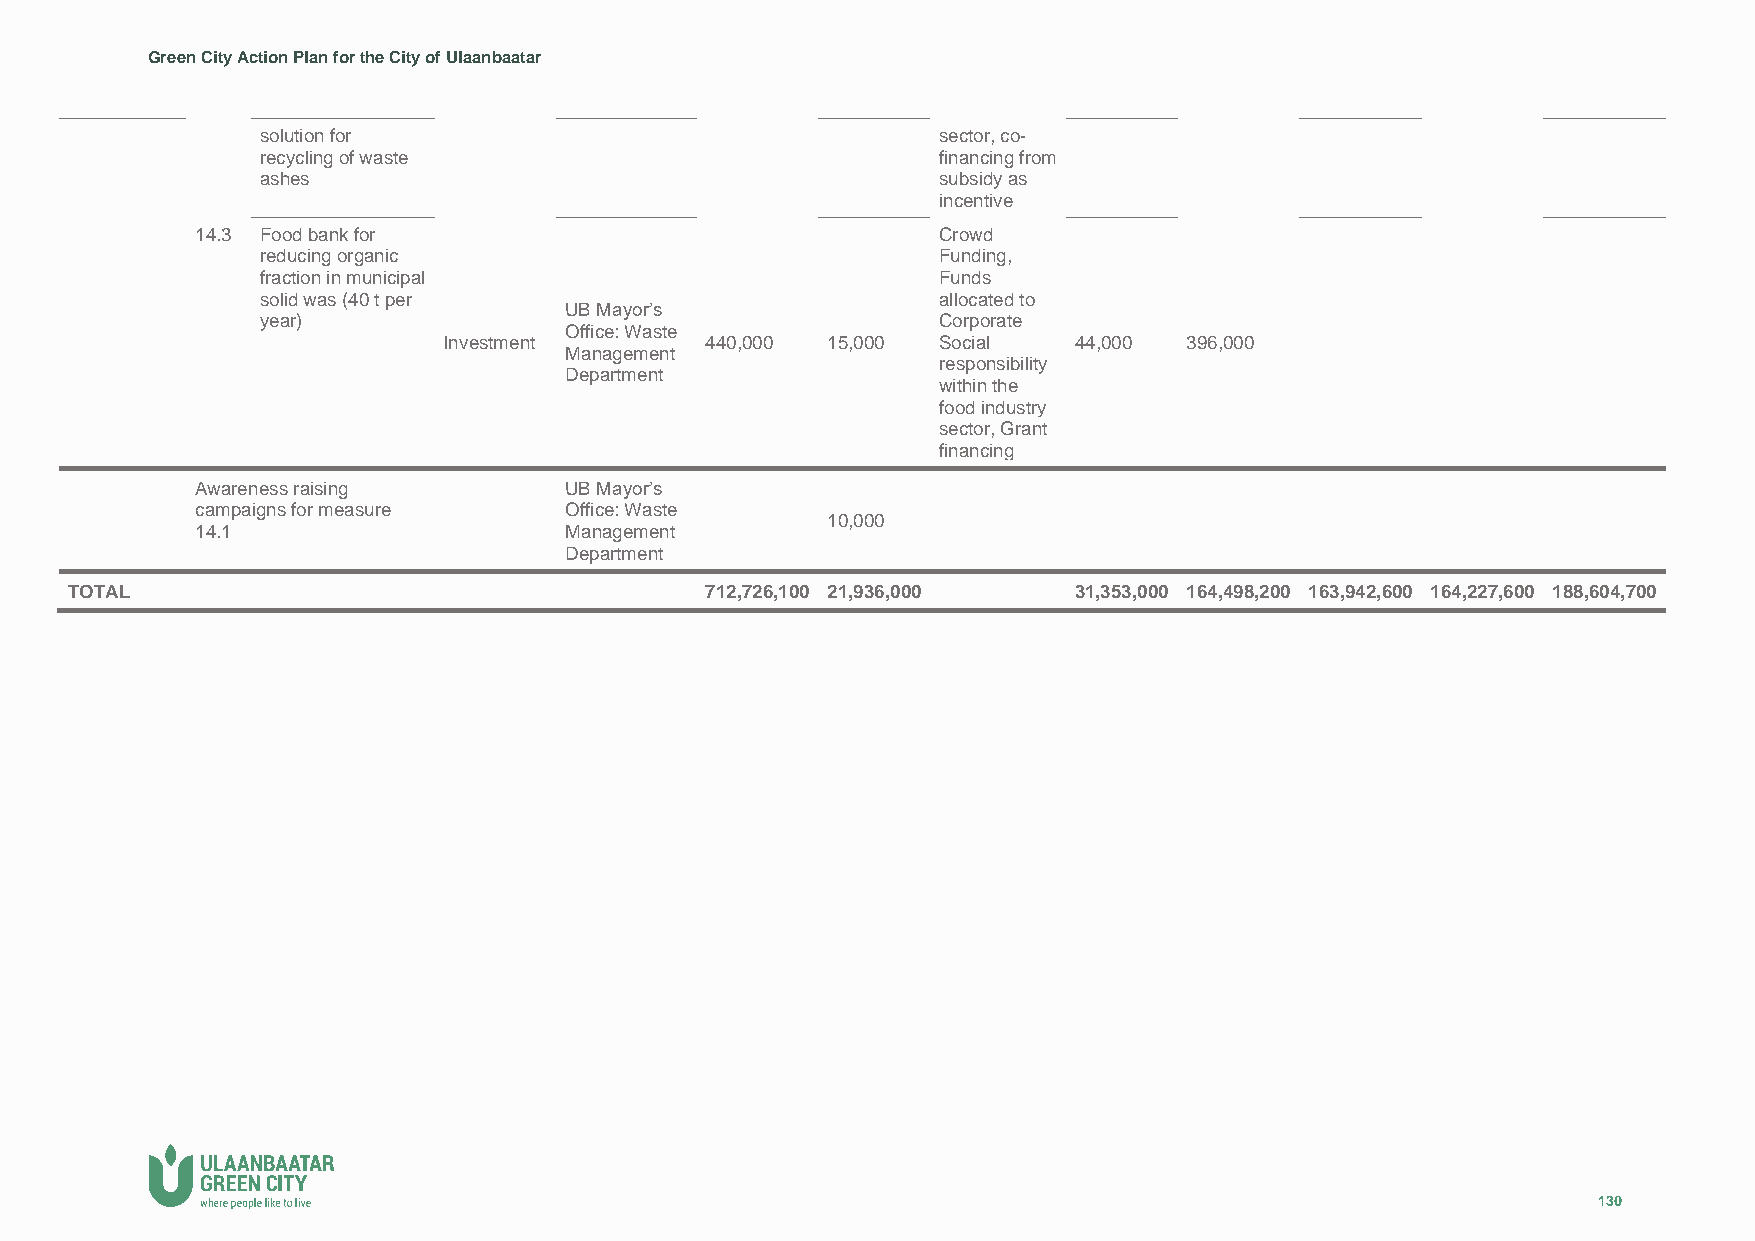
Green City Action Plan for the City of Ulaanbaatar
 solution for                                 sector, co-
 recycling of waste                           financing from
 ashes                                        subsidy as
 incentive
 14.3 Food bank for                               Crowd
 reducing organic                             Funding,
 fraction in municipal                        Funds
 solid was (40 t per                          allocated to
 UB Mayor’s
 year)                                        Corporate
 Office: Waste
 Investment        440,000 15,000 Social   44,000 396,000
 Management
 responsibility
 Department
 within the
 food industry
 sector, Grant
 financing
 Awareness raising       UB Mayor’s
 campaigns for measure   Office: Waste
 10,000
 14.1                    Management
 Department
 TOTAL                                      712,726,100 21,936,000  31,353,000 164,498,200 163,942,600 164,227,600 188,604,700
 130